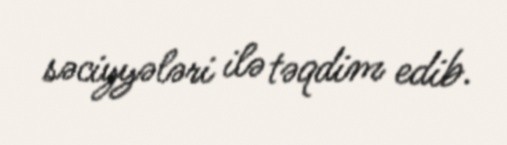
səciyyələri ilə təqdim edib.